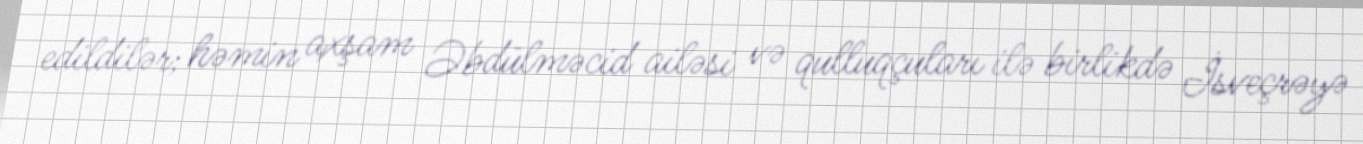
edildilər; həmin axşam Əbdülməcid ailəsi və qulluqçuları ilə birlikdə İsveçrəyə